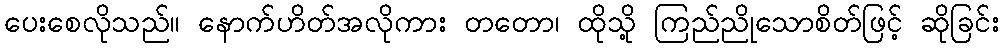
ပေးစေလိုသည်။ နောက်ဟိတ်အလိုကား တတော၊ ထိုသို့ ကြည်ညိုသောစိတ်ဖြင့် ဆိုခြင်း